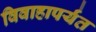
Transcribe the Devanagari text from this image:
विवाहापर्यंत